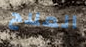
الملاح